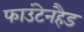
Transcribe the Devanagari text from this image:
फाउंटेनहैड